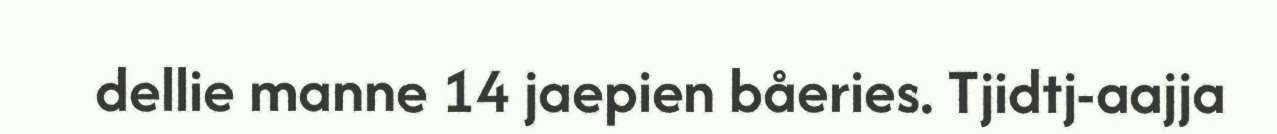
dellie manne 14 jaepien båeries. Tjidtj-aajja